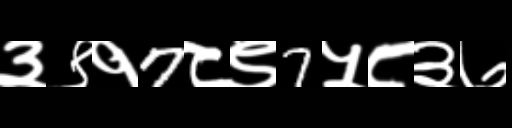
Text: ३९१7८९7५८३७